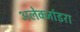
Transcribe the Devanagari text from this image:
अलेक्जांडरा